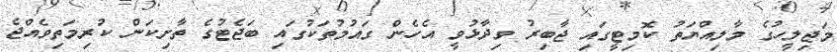
މަޖިލީހުގެ މާލިއްޔަތު ކޮމިޓީގައި ޖާބިރު ވިދާޅުވީ އެހެން ގައުމުތަކުގައި ބަޖެޓުގެ ތާށިކަން ކުރިމަތިވެއްޖެ